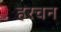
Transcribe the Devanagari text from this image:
हरचन